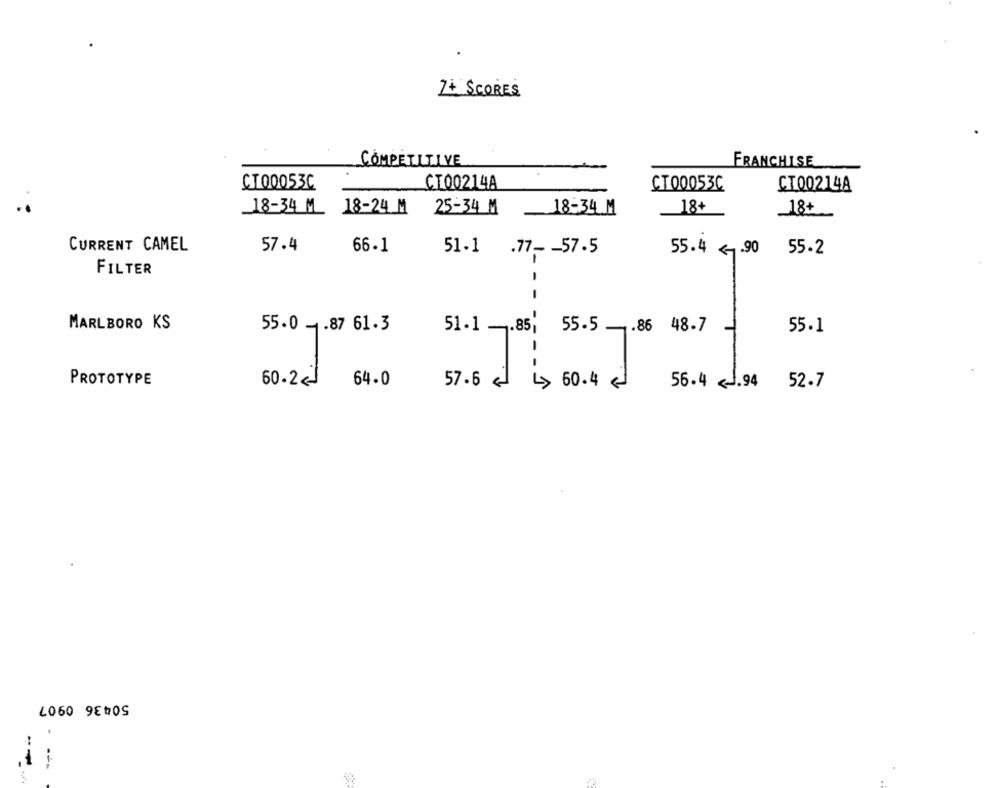
7+ SCORES
COMPETITIVE
FRANCHISE
CT00053C
CT00214A
CT00053C
CT00214A
18-34 1
18-24 M
25-34 M
18-34 M
18+
_18+
CURRENT CAMEL
57.4
66.1
51-1 .77- - 57.5
55.4 <90 55.2
FILTER
-
-
MARLBORO KS
55.0 - . 87 61.3
51.1 -. 85;
55-5 -. 86 48.7
55.1
- -
PROTOTYPE
60.2cJ
57.6 ~ 60.4
56.4 <. 94 52.7
64- 0
50436 0907
---